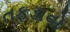
તફડાવો